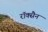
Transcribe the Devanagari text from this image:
रॉक्सैन